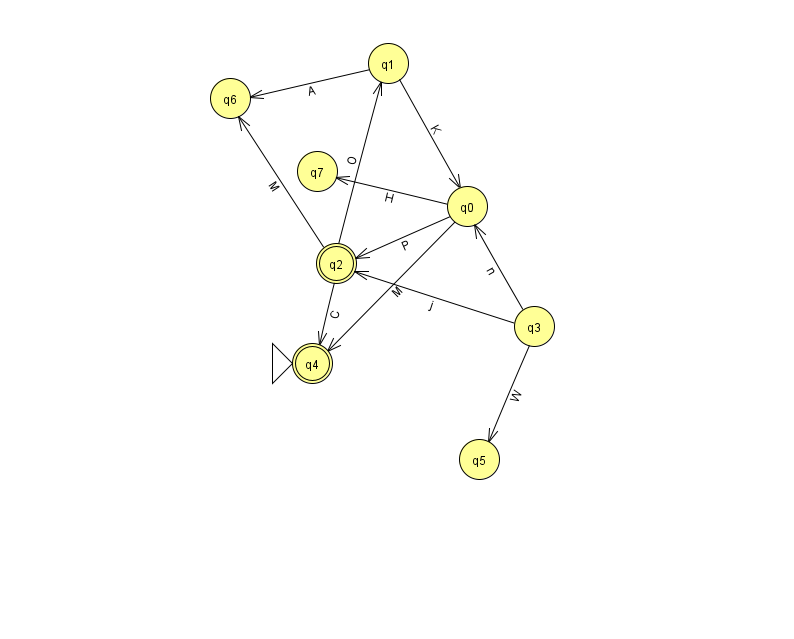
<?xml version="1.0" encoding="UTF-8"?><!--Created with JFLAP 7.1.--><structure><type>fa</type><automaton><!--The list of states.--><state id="0" name="q0"><x>467.0</x><y>193.0</y></state><state id="1" name="q1"><x>388.0</x><y>50.0</y></state><state id="2" name="q2"><x>336.0</x><y>250.0</y><final/></state><state id="3" name="q3"><x>534.0</x><y>313.0</y></state><state id="4" name="q4"><x>312.0</x><y>350.0</y><initial/><final/></state><state id="5" name="q5"><x>479.0</x><y>446.0</y></state><state id="6" name="q6"><x>230.0</x><y>85.0</y></state><state id="7" name="q7"><x>317.0</x><y>158.0</y></state><!--The list of transitions.--><transition><from>0</from><to>2</to><read>P</read></transition><transition><from>3</from><to>2</to><read>j</read></transition><transition><from>3</from><to>5</to><read>W</read></transition><transition><from>0</from><to>4</to><read>M</read></transition><transition><from>3</from><to>0</to><read>n</read></transition><transition><from>2</from><to>6</to><read>M</read></transition><transition><from>0</from><to>7</to><read>H</read></transition><transition><from>2</from><to>1</to><read>O</read></transition><transition><from>2</from><to>4</to><read>C</read></transition><transition><from>1</from><to>0</to><read>K</read></transition><transition><from>1</from><to>6</to><read>A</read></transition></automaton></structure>